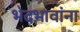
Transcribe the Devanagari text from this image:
भेदभावांना